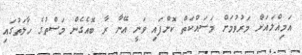
އަމިއްލައަށް މަރުވުމަށް މަސައްކަތް ކޮށްފައި ވަނީ އޭނާ ރާ ބޮއެގެން މަސްތުގެ ހާލަތުގައި